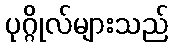
ပုဂ္ဂိုလ်များသည်